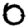
Digit: 0